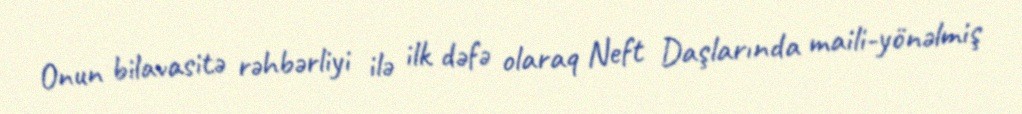
Onun bilavasitə rəhbərliyi ilə ilk dəfə olaraq Neft Daşlarında maili-yönəlmiş